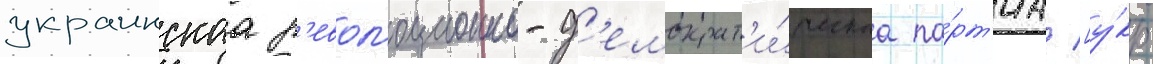
украинскаа р'евол'юционно-д'емократ'и́ческаа па́рт'иа [у́кр.